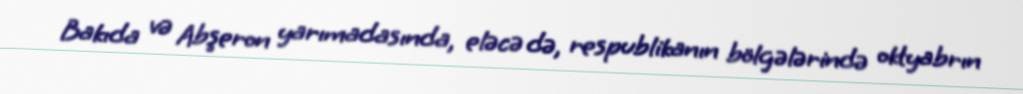
Bakıda və Abşeron yarımadasında, eləcə də, respublikanın bölgələrində oktyabrın